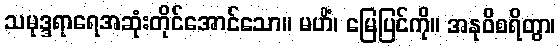
သမုဒ္ဒရာရေအဆုံးတိုင်အောင်သော။ မဟိံ၊ မြေပြင်ကို။ အနုဝိစရိတွာ၊